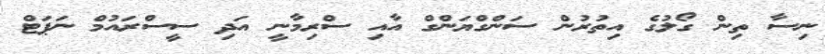
ނިސާ ތިން ގޯލުގެ އިތުރުން ސަންގްޔަންގް އާއި ސްރިމާނީ އަދި ސީސްރައުމް ނަޕަޓް